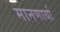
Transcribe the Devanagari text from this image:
मानणार्या